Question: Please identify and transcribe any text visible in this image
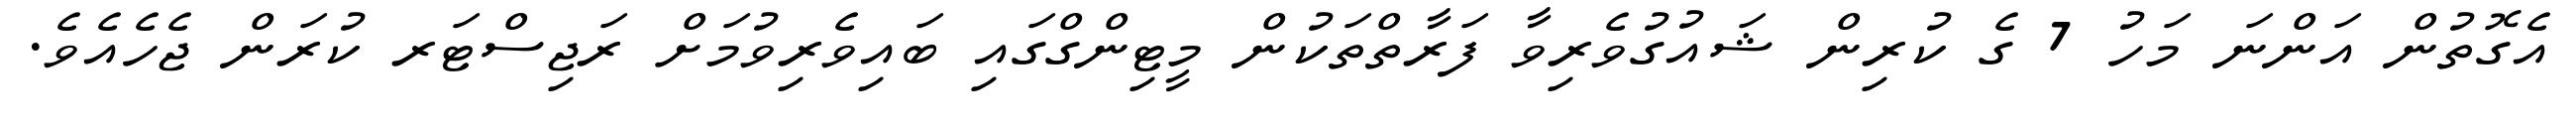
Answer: އެގޮތުން އަންނަ މަހު 7 ގެ ކުރިން ޝައުގުވެރިވާ ފަރާތްތަކުން މީޓިންގްގައި ބައިވެރިވުމަށް ރަޖިސްޓަރ ކުރަން ޖެހެއެވެ.